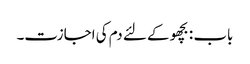
باب : بچھو کے لئے دم کی اجازت۔